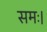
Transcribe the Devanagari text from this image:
समः।